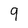
Character: 9